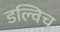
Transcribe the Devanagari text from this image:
डल्विच